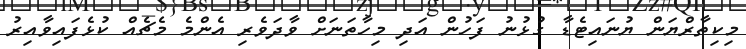
މިކިތާރްޔަން ޔުނައިޓެޑާ ގުޅުނު ފަހުން އަދި މިހާތަނަށް ވާދަވެރި އެންމެ މެޗެއް ކުޅެފައިވާއިރު